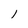
Character: 1